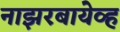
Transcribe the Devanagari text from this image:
नाझरबायेव्ह